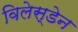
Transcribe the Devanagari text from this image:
विलेस्डेन